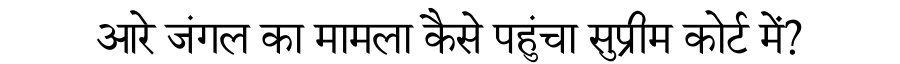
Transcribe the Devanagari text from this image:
आरे जंगल का मामला कैसे पहुंचा सुप्रीम कोर्ट में?